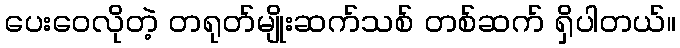
ပေးဝေလိုတဲ့ တရုတ်မျိုးဆက်သစ် တစ်ဆက် ရှိပါတယ်။